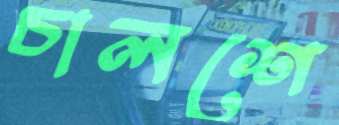
চালশে